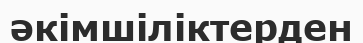
әкімшіліктерден